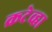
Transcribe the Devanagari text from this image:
क्रटेव्हा